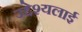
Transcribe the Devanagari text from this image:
उद्देश्यलाई